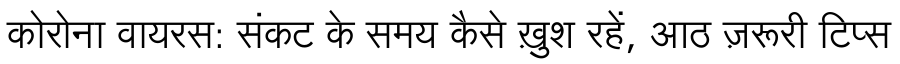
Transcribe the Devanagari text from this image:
कोरोना वायरस: संकट के समय कैसे ख़ुश रहें, आठ ज़रूरी टिप्स